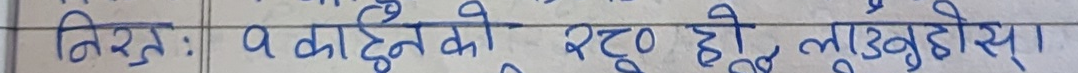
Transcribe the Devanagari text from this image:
निरुक्तः व काही दिनको २७० डि, लागुहुन्छ।